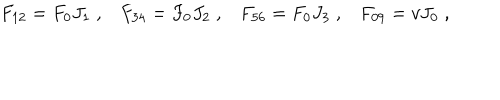
F _ { 1 2 } = F _ { 0 } J _ { 1 } \; , F _ { 3 4 } = F _ { 0 } J _ { 2 } \; , F _ { 5 6 } = F _ { 0 } J _ { 3 } \; , F _ { 0 9 } = v J _ { 0 } \; ,